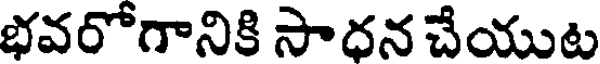
భవరోగానికి సాధన చేయుట